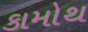
કામોથ